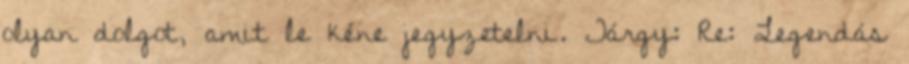
olyan dolgot, amit le kéne jegyzetelni. Tárgy: Re: Legendás